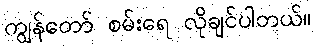
ကျွန်တော် စမ်းရေ လိုချင်ပါတယ်။